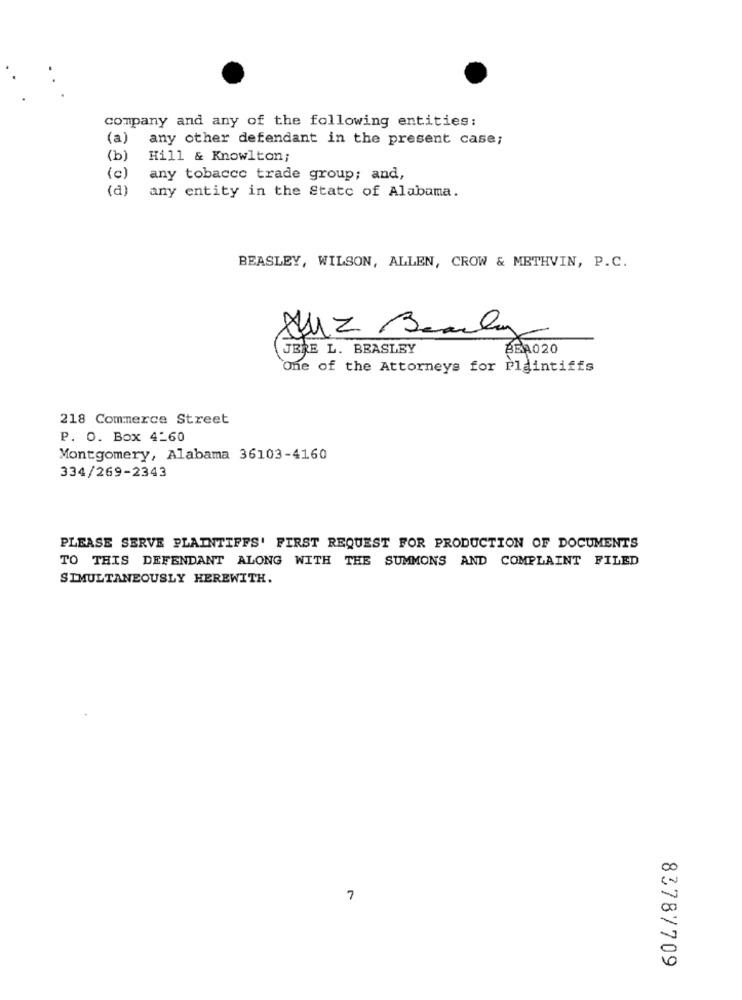
company and any of the following entities:
(a)
any other defendant in the present case;
(b)
Hill & Knowlton;
(c)
any tobacco trade group; and,
(a)
any entity in the State of Alabama.
BEASLEY, WILSON, ALLEN, CROW & METHVIN, P.C.
AUZ Bearly
JERE L. BEASLEY
BBA020
One of the Attorneys for Plaintiffs
218 Commerce Street
P. O. Box 4-60
Montgomery, Alabama 36103-4160
334/269-2343
PLEASE SERVE PLAINTIFFS' FIRST REQUEST FOR PRODUCTION OF DOCUMENTS
TO THIS DEFENDANT ALONG WITH THE SUMMONS AND COMPLAINT FILED
SIMULTANEOUSLY HEREWITH.
7
83787709